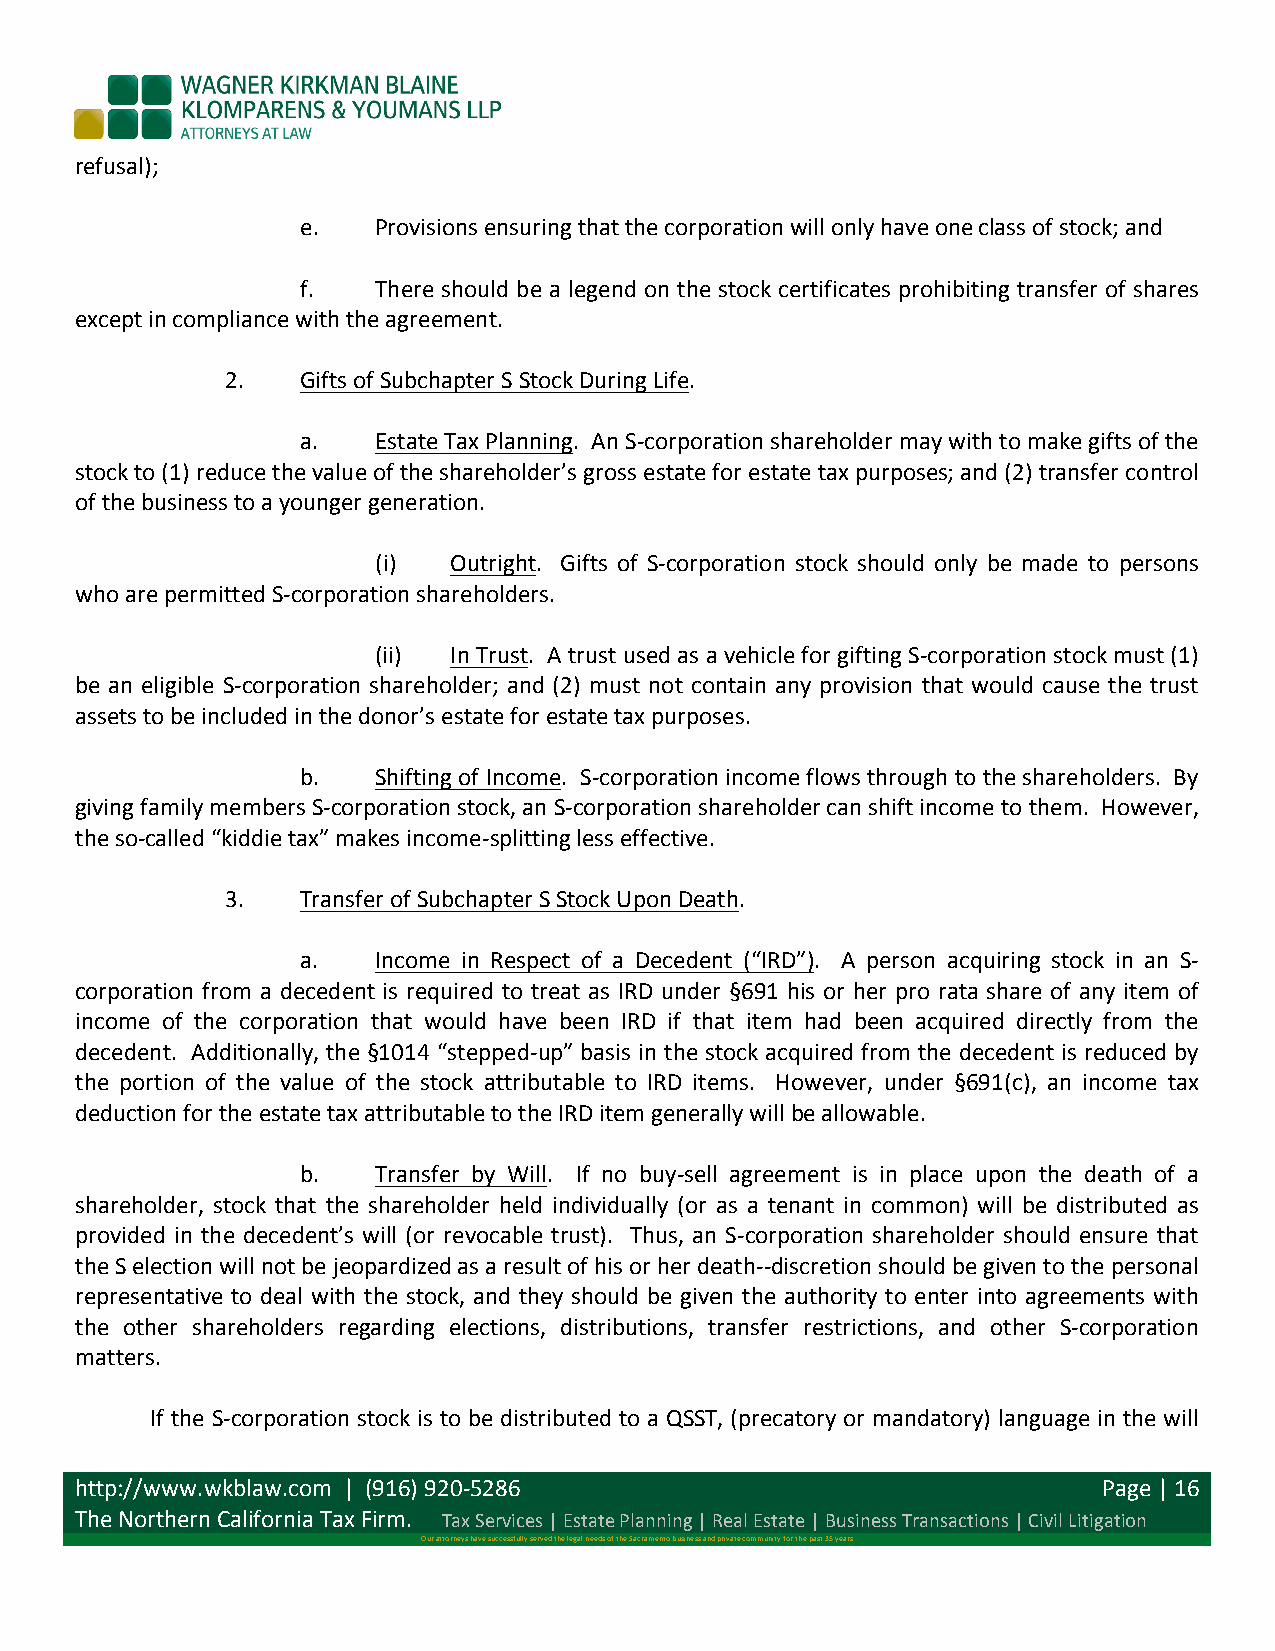
refusal);
 e.   Provisions ensuring that the corporation will only have one class of stock; and
 f.   There should be a legend on the stock certificates prohibiting transfer of shares
 except in compliance with the agreement.
 2.   Gifts of Subchapter S Stock During Life.
 a.   Estate Tax Planning. An S-­‐corporation shareholder may with to make gifts of the
 stock to (1) reduce the value of the shareholder’s gross estate for estate tax purposes; and (2) transfer control
 of the business to a younger generation.
 (i)  Outright. Gifts of S-­‐corporation stock should only be made to persons
 who are permitted S-­‐corporation shareholders.
 (ii) In Trust. A trust used as a vehicle for gifting S-­‐corporation stock must (1)
 be an eligible S-­‐corporation shareholder; and (2) must not contain any provision that would cause the trust
 assets to be included in the donor’s estate for estate tax purposes.
 b.   Shifting of Income. S-­‐corporation income flows through to the shareholders. By
 giving family members S-­‐corporation stock, an S-­‐corporation shareholder can shift income to them. However,
 the so-­‐called “kiddie tax” makes income-­‐splitting less effective.
 3.   Transfer of Subchapter S Stock Upon Death.
 a.   Income in Respect of a Decedent (“IRD”). A person acquiring stock in an S-­‐
 corporation from a decedent is required to treat as IRD under §691 his or her pro rata share of any item of
 income of the corporation that would have been IRD if that item had been acquired directly from the
 decedent. Additionally, the §1014 “stepped-­‐up” basis in the stock acquired from the decedent is reduced by
 the portion of the value of the stock attributable to IRD items. However, under §691(c), an income tax
 deduction for the estate tax attributable to the IRD item generally will be allowable.
 b.   Transfer by Will. If no buy-­‐sell agreement is in place upon the death of a
 shareholder, stock that the shareholder held individually (or as a tenant in common) will be distributed as
 provided in the decedent’s will (or revocable trust). Thus, an S-­‐corporation shareholder should ensure that
 the S election will not be jeopardized as a result of his or her death-­‐-­‐discretion should be given to the personal
 representative to deal with the stock, and they should be given the authority to enter into agreements with
 the other shareholders regarding elections, distributions, transfer restrictions, and other S-­‐corporation
 matters.
 If the S-­‐corporation stock is to be distributed to a QSST, (precatory or mandatory) language in the will
 http://www.wkblaw.com | (916) 920-­‐5286                            Page | 16
 The Northern California Tax Firm. Tax Services | Estate Planning | Real Estate | Business Transactions | Civil Litigation
 Our attorneys have successfully served the legal needs of the Sacramento business and private community for the past 35 years